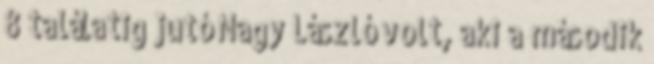
8 találatig jutó Nagy László volt, aki a második